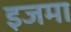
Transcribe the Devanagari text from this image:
इजमा